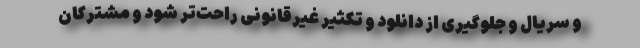
و سریال و جلوگیری از دانلود و تکثیر غیرقانونی راحت‌تر شود و مشترکان